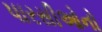
પારસીઓનો